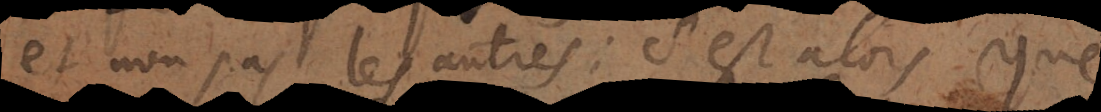
et non pas les autres: c’est alors que